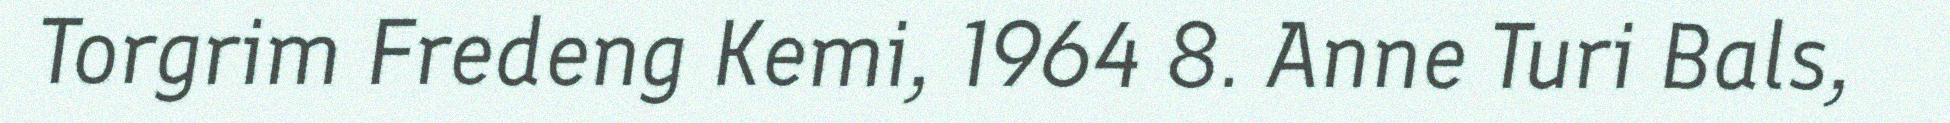
Torgrim Fredeng Kemi, 1964 8. Anne Turi Bals,